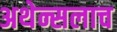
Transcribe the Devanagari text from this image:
अथेन्सलाच